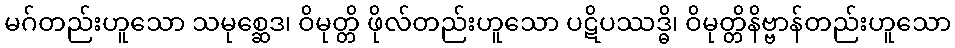
မဂ်တည်းဟူသော သမုစ္ဆေဒ၊ ဝိမုတ္တိ ဖိုလ်တည်းဟူသော ပဋိပဿဒ္ဓိ၊ ဝိမုတ္တိနိဗ္ဗာန်တည်းဟူသော